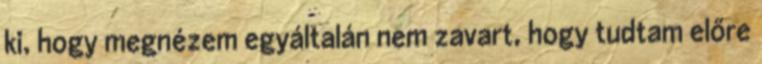
ki, hogy megnézem egyáltalán nem zavart, hogy tudtam előre